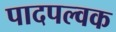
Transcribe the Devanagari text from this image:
पादपल्वक